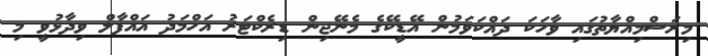
މިރަސްމިއްޔާތުގައި ވާހަކަ ދައްކަވަމުން އޭޑީކޭގެ މެނޭޖިން ޑިރެކްޓަރު އަހްމަދު އައްފާލް ވިދާޅުވީ މި